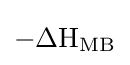
{{-}\mathrm {\Delta H} {\vphantom {A}}_{\smash[{t}]{\mathrm {MB} }}}